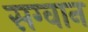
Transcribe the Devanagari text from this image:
सग्वान